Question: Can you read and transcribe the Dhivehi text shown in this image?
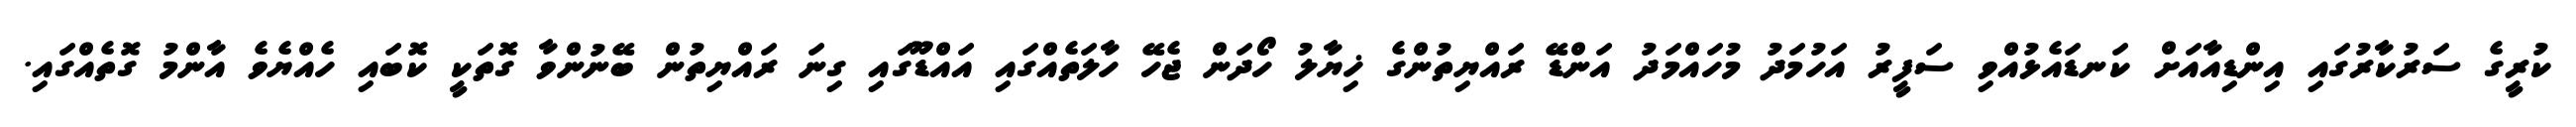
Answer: ކުރީގެ ސަރުކާރުގައި އިންޑިއާއަށް ކަނޑައެޅުއްވި ސަފީރު އަހުމަދު މުހައްމަދު އަންޑޭ ރައްޔިތުންގެ ޚިޔާލު ހޯދަން ޖެހޭ ހާލަތެއްގައި އައްޑޫގައި ގިނަ ރައްޔިތުން ބޭނުންވާ ގޮތަކީ ކޮބައި ހެއްޔެވެ އާންމު ގޮތެއްގައި.